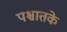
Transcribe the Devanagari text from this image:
पश्चातके